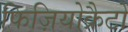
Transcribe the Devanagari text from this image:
फिज़ियोक्रैटों